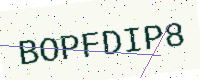
Text: BOPFDIP8